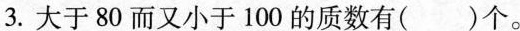
3.大于80而又小于100的质数有()个。